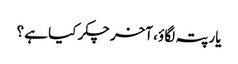
یار پتہ لگاؤ ، آخر چکر کیا ہے ؟